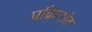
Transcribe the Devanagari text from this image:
प्रक्रियांत